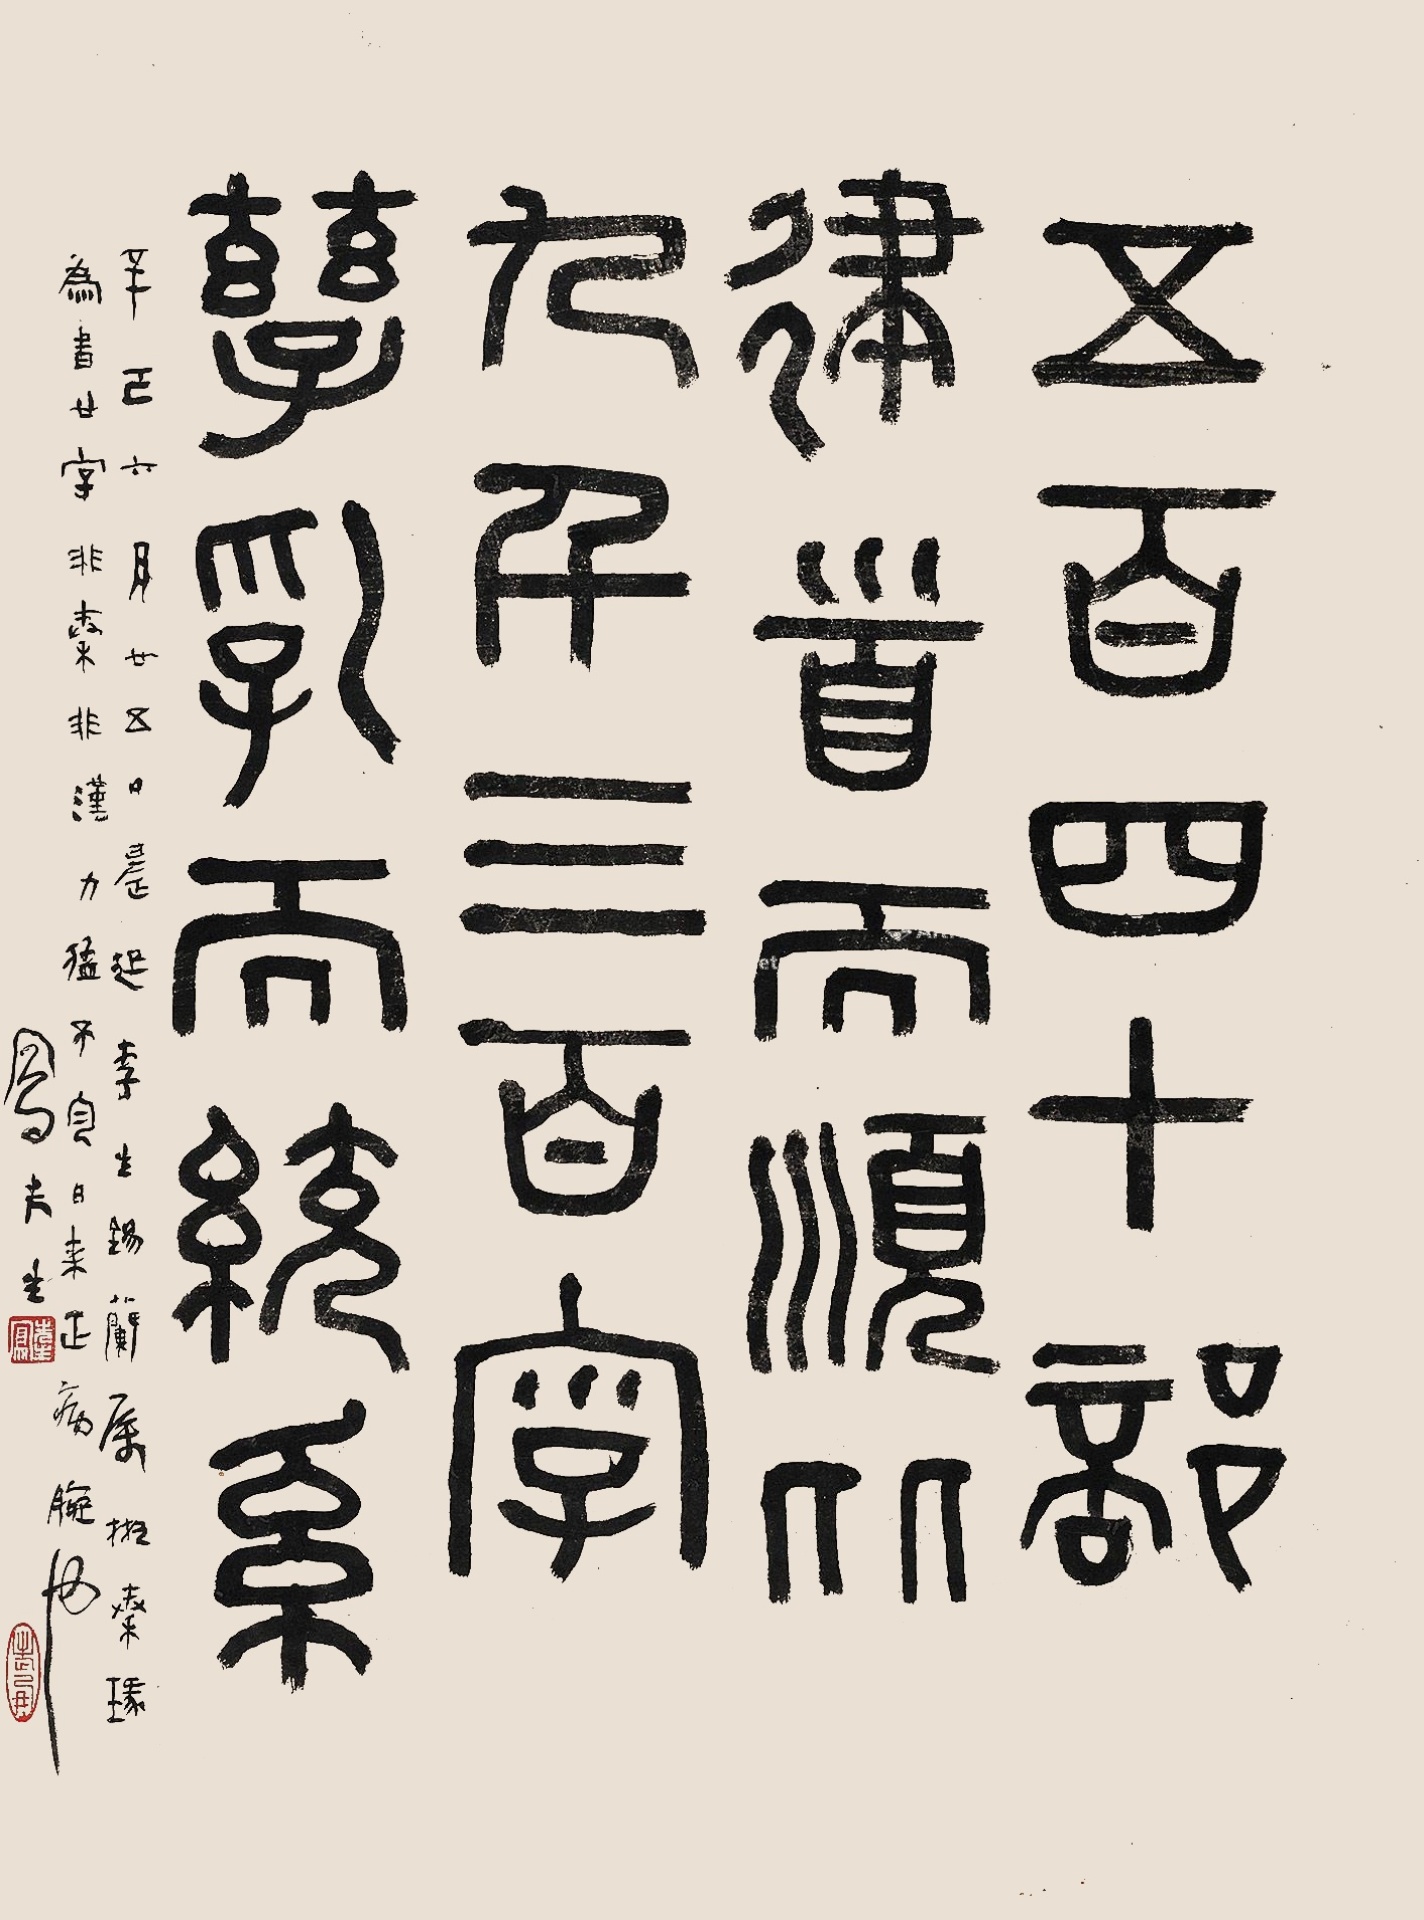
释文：五百四十部，建首而顺从。九千三百字，孳乳而绕系。辛巳六月廿五日晨起，李生锡兰属拟秦琭为书廿字，非秦非汉，力猛不匀，日来正病腕也。凤先生。